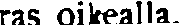
ras oikealla.